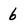
Character: 6